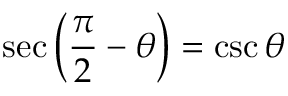
\sec \left( { \frac { \pi } { 2 } } - \theta \right) = \csc \theta